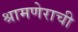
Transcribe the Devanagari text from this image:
श्रामणेराची